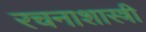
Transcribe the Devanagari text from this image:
रचनाशास्त्री